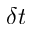
\delta t